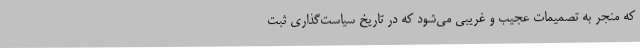
که منجر به تصمیمات عجیب و غریبی می‌شود که در تاریخ سیاست‌گذاری ثبت